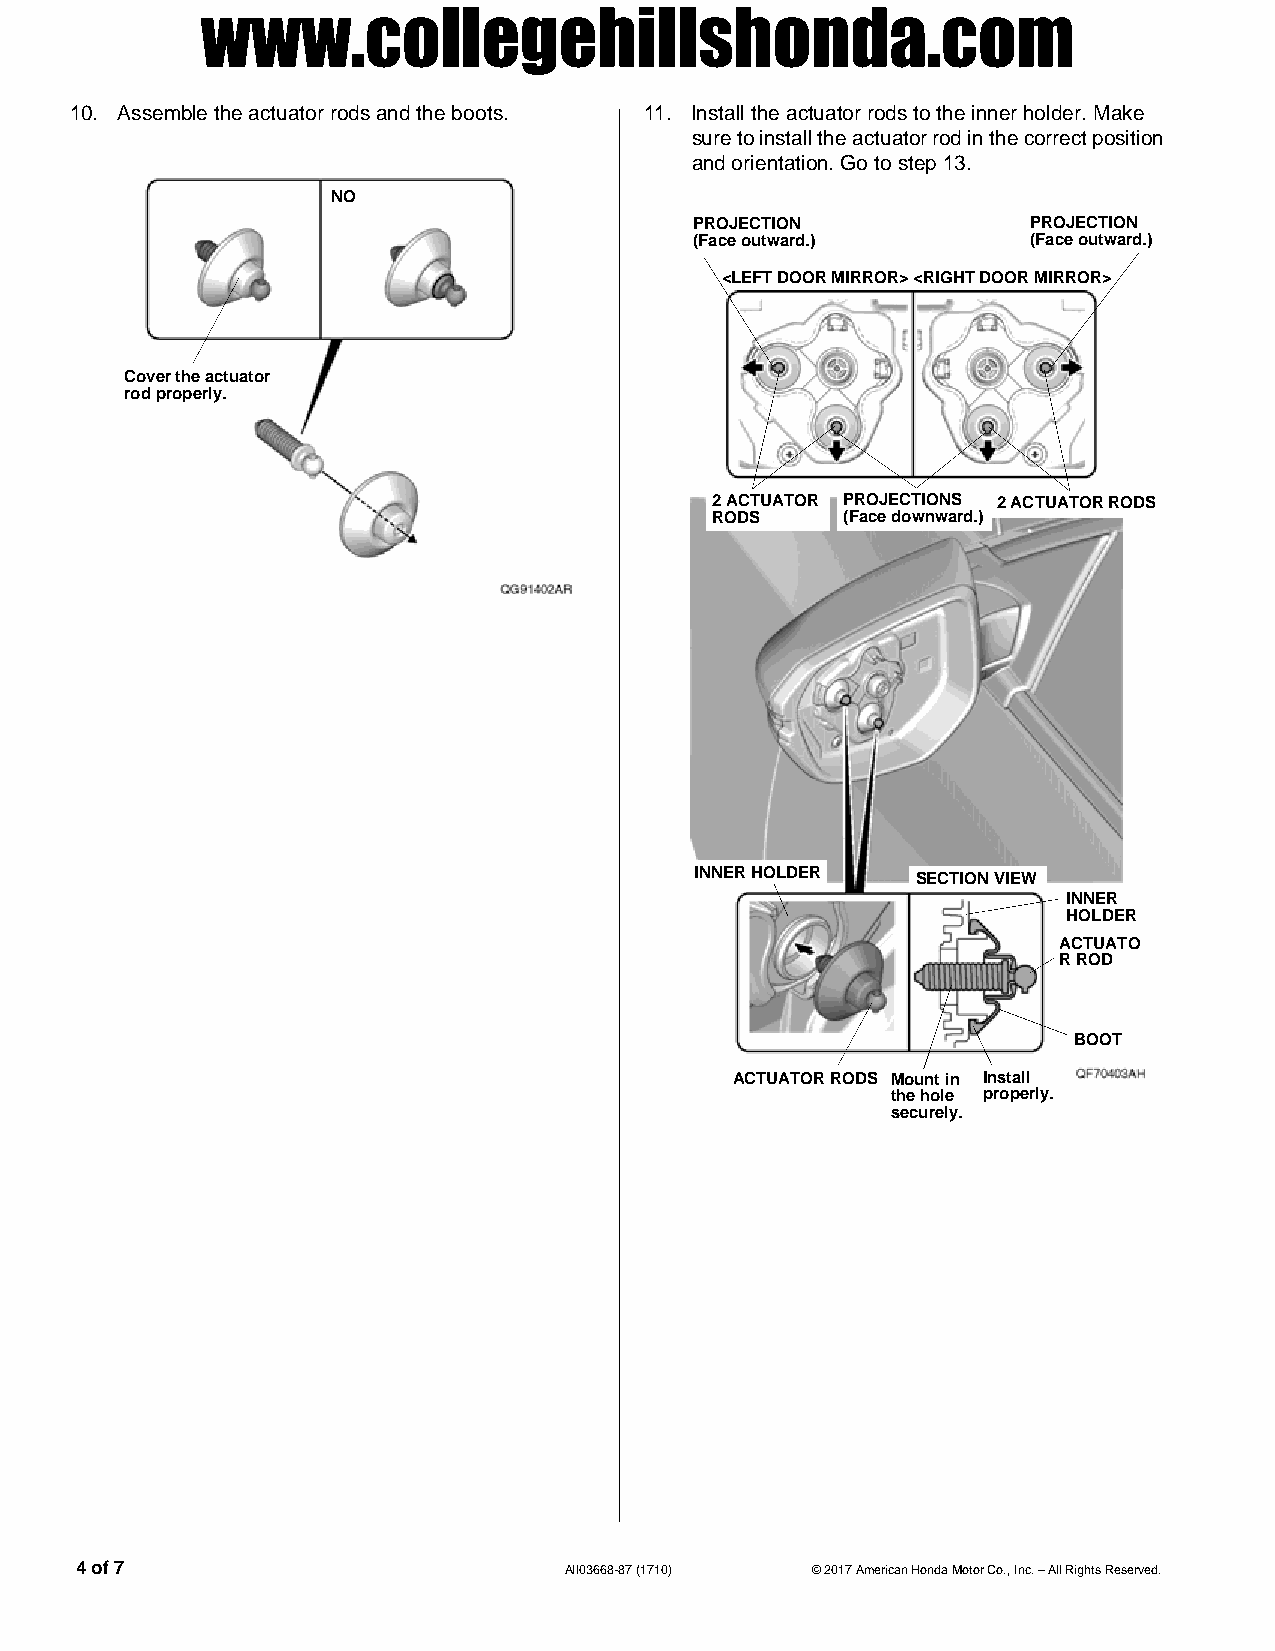
www.collegehillshonda.com
 10. Assemble the actuator rods and the boots. 11. Install the actuator rods to the inner holder. Make
 sure to install the actuator rod in the correct position
 and orientation. Go to step 13.
 NO
 PROJECTION            PROJECTION
 (Face outward.)       (Face outward.)
 <LEFT DOOR MIRROR><RIGHT DOOR MIRROR>
 Cover the actuator
 rod properly.
 2 ACTUATOR  PROJECTIONS 2 ACTUATOR RODS
 RODS     (Face downward.)
 INNER HOLDER   SECTION VIEW
 INNER 
 HOLDER
 ACTUATO
 R ROD
 BOOT
 ACTUATOR RODS Mount in  Install
 the hole  properly.
 securely.
 4 of 7                          AII03668-87 (1710) © 2017 American Honda Motor Co., Inc. – All Rights Reserved.